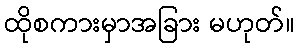
ထိုစကားမှာအခြား မဟုတ်။